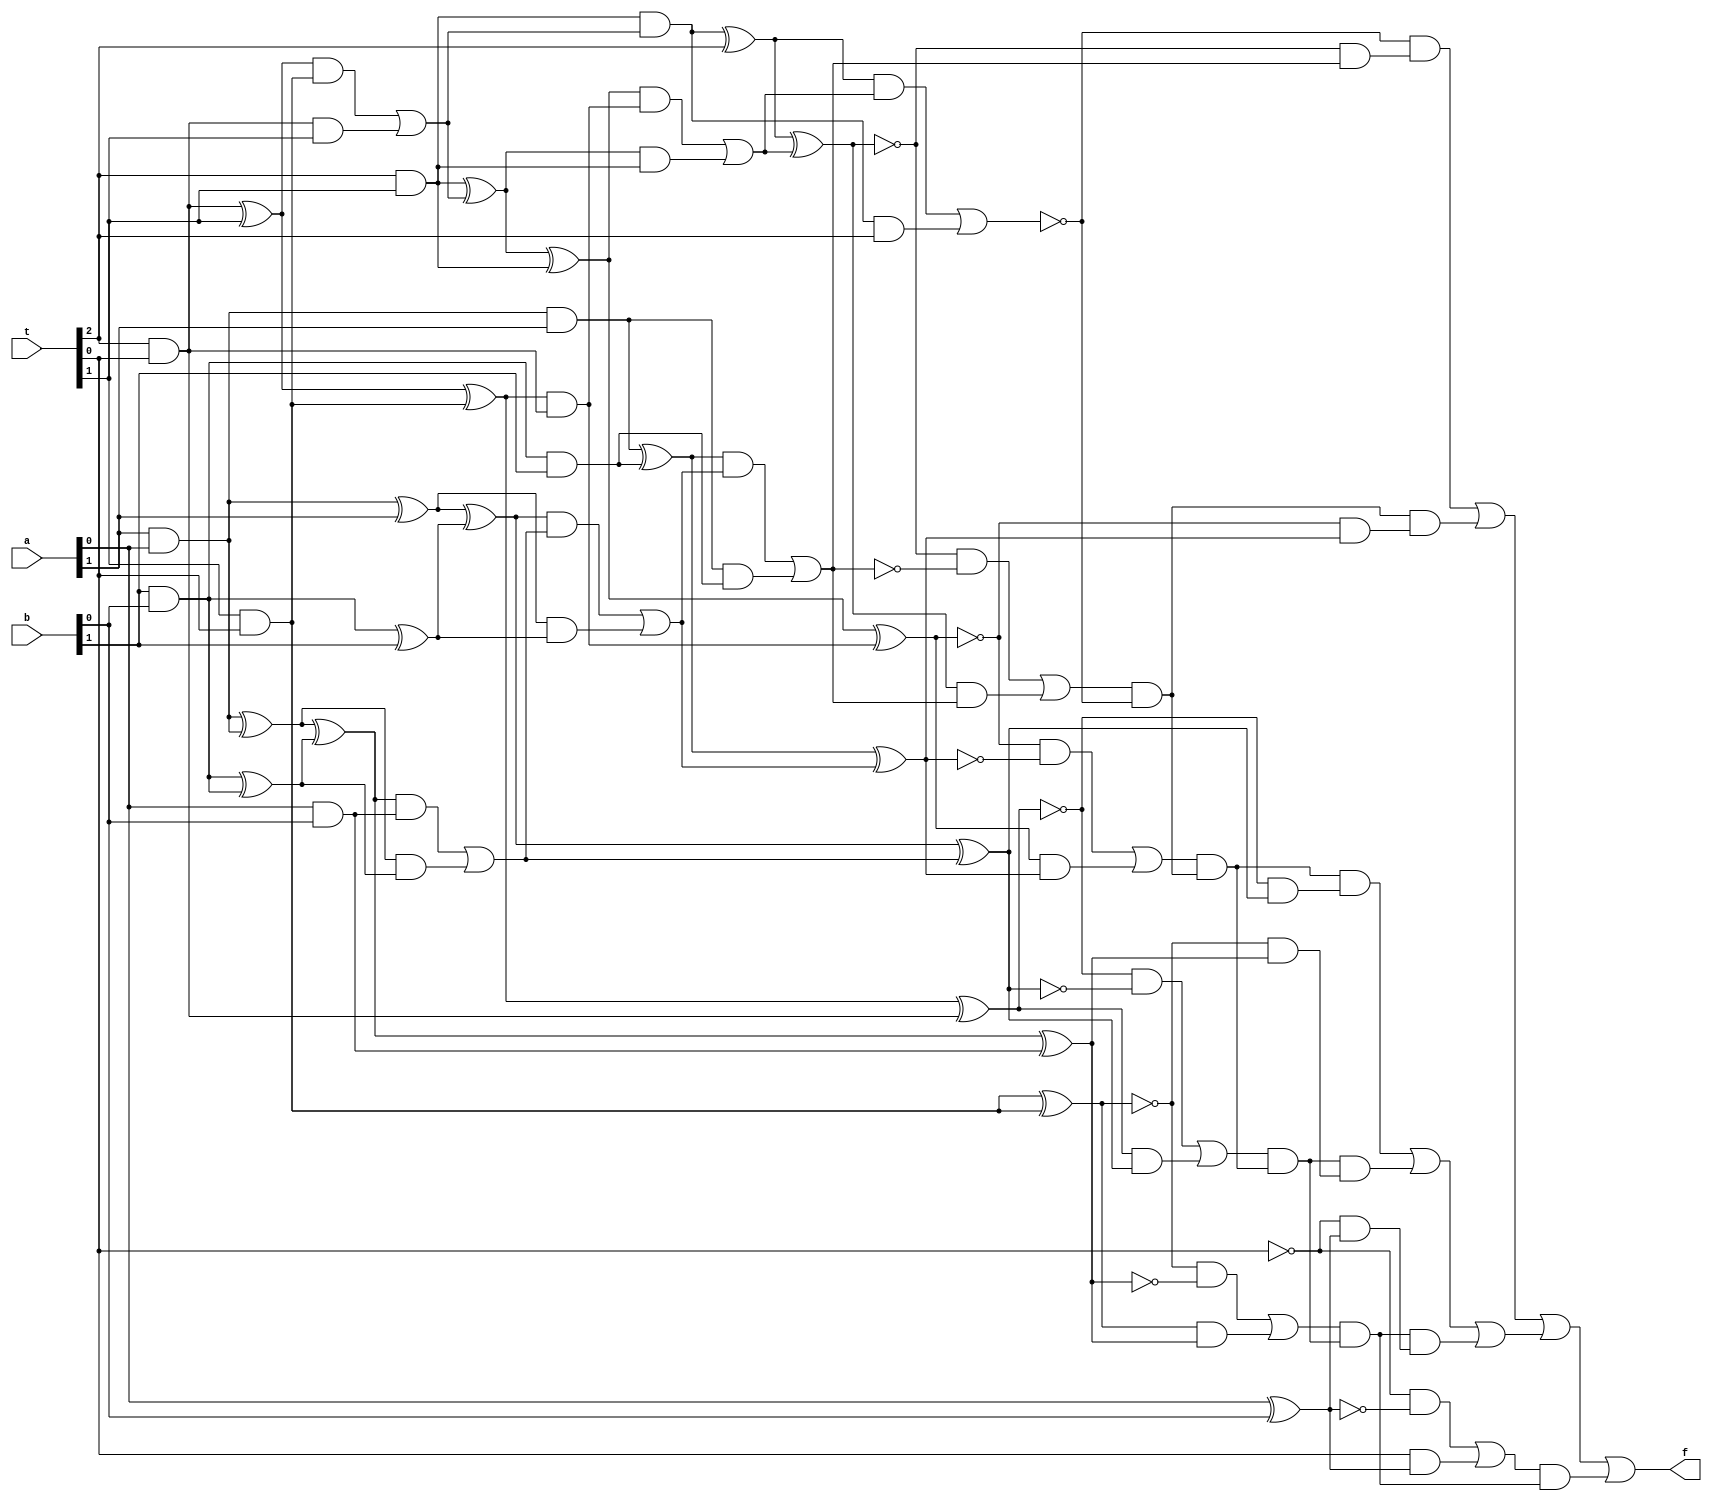
`timescale 1ns / 1ps

module cubuk_yerlestirme(
    input [1:0] a, b,
    input [2:0] t,
    output f
    );
    
    wire [3:0] p, s;
    wire [2:0] temp, temp2;
    wire [5:0] x, y, z;
    wire [5:0] k, l, m;
    wire car1, car2;
    wire n = 1'b0;
    
    // a^2
    and (p[0], a[0], a[0]);
    
    and (temp[0], a[1], a[0]);
    and (temp[1], a[0], a[1]);
    
    xor (p[1], temp[0], temp[1]);
    and (car1, temp[0], temp[1]);
    
    and (temp[2], a[1], a[1]);
    
    xor (p[2], car1, temp[2]);
    and (p[3], car1, temp[2]);
       
    // b^2
    and (s[0], b[0], b[0]);
    
    and (temp2[0], b[1], b[0]);
    and (temp2[1], b[0], b[1]);
    
    xor (s[1], temp2[0], temp2[1]);
    and (car2, temp2[0], temp2[1]);
    
    and (temp2[2], b[1], b[1]);
    
    xor (s[2], car2, temp2[2]);
    and (s[3], car2, temp2[2]);
    
    // t^2
    and (x[0], t[0], t[0]);
    and (x[1], t[1], t[0]);
    and (x[2], t[2], t[0]);
    and (x[3], n, n);
    and (x[4], n, n);
    
    and (y[0], n, n);
    and (y[1], t[0], t[1]);
    and (y[2], t[1], t[1]);
    and (y[3], t[2], t[1]);
    and (y[4], n, n);
     
    and (z[0], n, n);
    and (z[1], n, n);
    and (z[2], t[0], t[2]);
    and (z[3], t[1], t[2]);
    and (z[4], t[2], t[2]);
    
    // x + y = k
    wire [2:0] temp3, temp4, temp5, temp6, temp7;
    wire [4:0] car3;
    
    xor (temp3[0], x[0], y[0]);
    xor (k[0], temp3[0], n);
    and (temp3[1], temp3[0], n);
    and (temp3[2], x[0], y[0]);
    or (car3[0], temp3[1], temp3[2]);
    
    xor (temp4[0], x[1], y[1]);
    xor (k[1], temp4[0], car3[0]);
    and (temp4[1], temp4[0], car3[0]);
    and (temp4[2], x[1], y[1]);
    or (car3[1], temp4[1], temp4[2]);
    
    xor (temp5[0], x[2], y[2]);
    xor (k[2], temp5[0], car3[1]);
    and (temp5[1], temp5[0], car3[1]);
    and (temp5[2], x[2], y[2]);
    or (car3[2], temp5[1], temp5[2]);
    
    xor (temp6[0], x[3], y[3]);
    xor (k[3], temp6[0], car3[2]);
    and (temp6[1], temp6[0], car3[2]);
    and (temp6[2], x[3], y[3]);
    or (car3[3], temp6[1], temp6[2]);
    
    xor (temp7[0], x[4], y[4]);
    xor (k[4], temp7[0], car3[3]);
    and (temp7[1], temp7[0], car3[3]);
    and (temp7[2], x[4], y[4]);
    or (k[5], temp7[1], temp7[2]);
 
    // k + z = l
    wire [2:0] temp8, temp9, temp10, temp11, temp12;
    wire [4:0] car4;
    
    xor (temp8[0], k[0], z[0]);
    xor (l[0], temp8[0], n);
    and (temp8[1], temp8[0], n);
    and (temp8[2], k[0], z[0]);
    or (car4[0], temp8[1], temp8[2]);
    
    xor (temp9[0], k[1], z[1]);
    xor (l[1], temp9[0], car4[0]);
    and (temp9[1], temp9[0], car4[0]);
    and (temp9[2], x[1], z[1]);
    or (car4[1], temp9[1], temp9[2]);
    
    xor (temp10[0], k[2], z[2]);
    xor (l[2], temp10[0], car4[1]);
    and (temp10[1], temp10[0], car4[1]);
    and (temp10[2], k[2], z[2]);
    or (car4[2], temp10[1], temp10[2]);
    
    xor (temp11[0], k[3], z[3]);
    xor (l[3], temp11[0], car4[2]);
    and (temp11[1], temp11[0], car4[2]);
    and (temp11[2], k[3], z[3]);
    or (car4[3], temp11[1], temp11[2]);
    
    xor (temp12[0], k[4], z[4]);
    xor (l[4], temp12[0], car4[3]);
    and (temp12[1], temp12[0], car4[3]);
    and (temp12[2], k[4], z[4]);
    or (l[5], temp12[1], temp12[2]);
   
    // a^2 + b^2 = m
    wire [2:0] temp13, temp14, temp15, temp16, temp17;
    wire [4:0] car5;
    
    xor (temp13[0], p[0], s[0]);
    xor (m[0], temp13[0], n);
    and (temp13[1], temp13[0], n);
    and (temp13[2], p[0], s[0]);
    or (car5[0], temp13[1], temp13[2]);
    
    xor (temp14[0], p[1], s[1]);
    xor (m[1], temp14[0], car5[0]);
    and (temp14[1], temp14[0], car5[0]);
    and (temp14[2], p[1], s[1]);
    or (car5[1], temp14[1], temp14[2]);
    
    xor (temp15[0], p[2], s[2]);
    xor (m[2], temp15[0], car5[1]);
    and (temp15[1], temp15[0], car5[1]);
    and (temp15[2], p[2], s[2]);
    or (car5[2], temp15[1], temp15[2]);
    
    xor (temp16[0], p[3], s[3]);
    xor (m[3], temp16[0], car5[2]);
    and (temp16[1], temp16[0], car5[2]);
    and (temp16[2], p[3], s[3]);
    or (m[4], temp16[1], temp16[2]);
    
    and (m[5], n, n);

    // control l <= m
    wire [5:0] e, eN, es, esit;
    wire [5:0] nL, nM, r, d;
    
    not (nL[0], l[0]);
    not (nL[1], l[1]);
    not (nL[2], l[2]);
    not (nL[3], l[3]);
    not (nL[4], l[4]);
    not (nL[5], l[5]);
    
    not (nM[0], m[0]);
    not (nM[1], m[1]);
    not (nM[2], m[2]);
    not (nM[3], m[3]);
    not (nM[4], m[4]);
    not (nM[5], m[5]);
    
    and (e[0], l[0], m[0]);
    and (e[1], l[1], m[1]);
    and (e[2], l[2], m[2]);
    and (e[3], l[3], m[3]);
    and (e[4], l[4], m[4]);
    and (e[5], l[5], m[5]);

    and (eN[0], nL[0], nM[0]);
    and (eN[1], nL[1], nM[1]);
    and (eN[2], nL[2], nM[2]);
    and (eN[3], nL[3], nM[3]);
    and (eN[4], nL[4], nM[4]);
    and (eN[5], nL[5], nM[5]);
    
    or (es[0], eN[0], e[0]);
    or (es[1], eN[1], e[1]);
    or (es[2], eN[2], e[2]);
    or (es[3], eN[3], e[3]);
    or (es[4], eN[4], e[4]);
    or (es[5], eN[5], e[5]);
    
    and (r[5], nL[5], m[5]);
    and (r[4], nL[4], m[4]);
    and (r[3], nL[3], m[3]);
    and (r[2], nL[2], m[2]);
    and (r[1], nL[1], m[1]);
    and (r[0], nL[0], m[0]);
    
    and (esit[5], es[5], es[5]);
    and (esit[4], es[4], esit[5]);
    and (esit[3], es[3], esit[4]);
    and (esit[2], es[2], esit[3]);
    and (esit[1], es[1], esit[2]);
    and (esit[0], es[0], esit[1]);
    
    wire last, last2, last3;  
   
    and (d[0], r[5], 1'b1);
    and (d[1], esit[5], r[4]);
    and (d[2], esit[4], r[3]);
    and (d[3], esit[3], r[2]);
    and (d[4], esit[2], r[1]);
    and (d[5], esit[1], r[0]);
     
    or (last, d[0], d[1], d[2]);
    or (last2, d[3], d[4], d[5]);
    
    or (f, last, last2, esit[0]);
    
endmodule